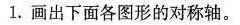
1.画出下面各图形的对称轴。